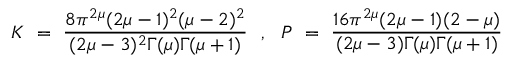
K ~ = ~ \frac { 8 \pi ^ { 2 \mu } ( 2 \mu - 1 ) ^ { 2 } ( \mu - 2 ) ^ { 2 } } { ( 2 \mu - 3 ) ^ { 2 } \Gamma ( \mu ) \Gamma ( \mu + 1 ) } ~ ~ , ~ ~ P ~ = ~ \frac { 1 6 \pi ^ { 2 \mu } ( 2 \mu - 1 ) ( 2 - \mu ) } { ( 2 \mu - 3 ) \Gamma ( \mu ) \Gamma ( \mu + 1 ) }